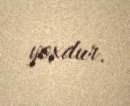
yoxdur.